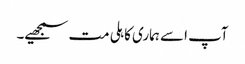
آپ اسے ہماری کاہلی مت سمجھیے۔